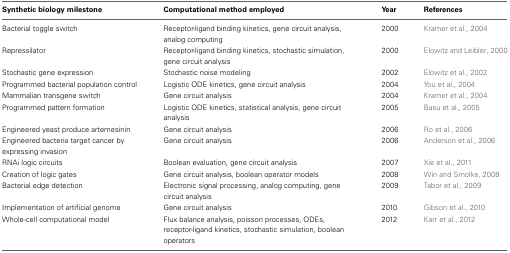
<table><thead><tr><td><b>Synthetic biology milestone</b></td><td><b>Computational method employed</b></td><td><b>Year</b></td><td><b>References</b></td></tr></thead><tbody><tr><td>Bacterial toggle switch</td><td>Receptor-ligand binding kinetics, gene circuit analysis, analog computing</td><td>2000</td><td>Kramer et al., 2004</td></tr><tr><td>Repressilator</td><td>Receptor-ligand binding kinetics, stochastic simulation, gene circuit analysis</td><td>2000</td><td>Elowitz and Leibler, 2000</td></tr><tr><td>Stochastic gene expression</td><td>Stochastic noise modeling</td><td>2002</td><td>Elowitz et al., 2002</td></tr><tr><td>Programmed bacterial population control</td><td>Logistic ODE kinetics, gene circuit analysis</td><td>2004</td><td>You et al., 2004</td></tr><tr><td>Mammalian transgene switch</td><td>Gene circuit analysis</td><td>2004</td><td>Kramer et al., 2004</td></tr><tr><td>Programmed pattern formation</td><td>Logistic ODE kinetics, statistical analysis, gene circuit analysis</td><td>2005</td><td>Basu et al., 2005</td></tr><tr><td>Engineered yeast produce artemesinin</td><td>Gene circuit analysis</td><td>2006</td><td>Ro et al., 2006</td></tr><tr><td>Engineered bacteria target cancer by expressing invasion</td><td>Gene circuit analysis</td><td>2006</td><td>Anderson et al., 2006</td></tr><tr><td>RNAi logic circuits</td><td>Boolean evaluation, gene circuit analysis</td><td>2007</td><td>Xie et al., 2011</td></tr><tr><td>Creation of logic gates</td><td>Gene circuit analysis, boolean operator models</td><td>2008</td><td>Win and Smolke, 2008</td></tr><tr><td>Bacterial edge detection</td><td>Electronic signal processing, analog computing, gene circuit analysis</td><td>2009</td><td>Tabor et al., 2009</td></tr><tr><td>Implementation of artificial genome</td><td>Gene circuit analysis</td><td>2010</td><td>Gibson et al., 2010</td></tr><tr><td>Whole-cell computational model</td><td>Flux balance analysis, poisson processes, ODEs, receptor-ligand kinetics, stochastic simulation, boolean operators</td><td>2012</td><td>Karr et al., 2012</td></tr></tbody></table>